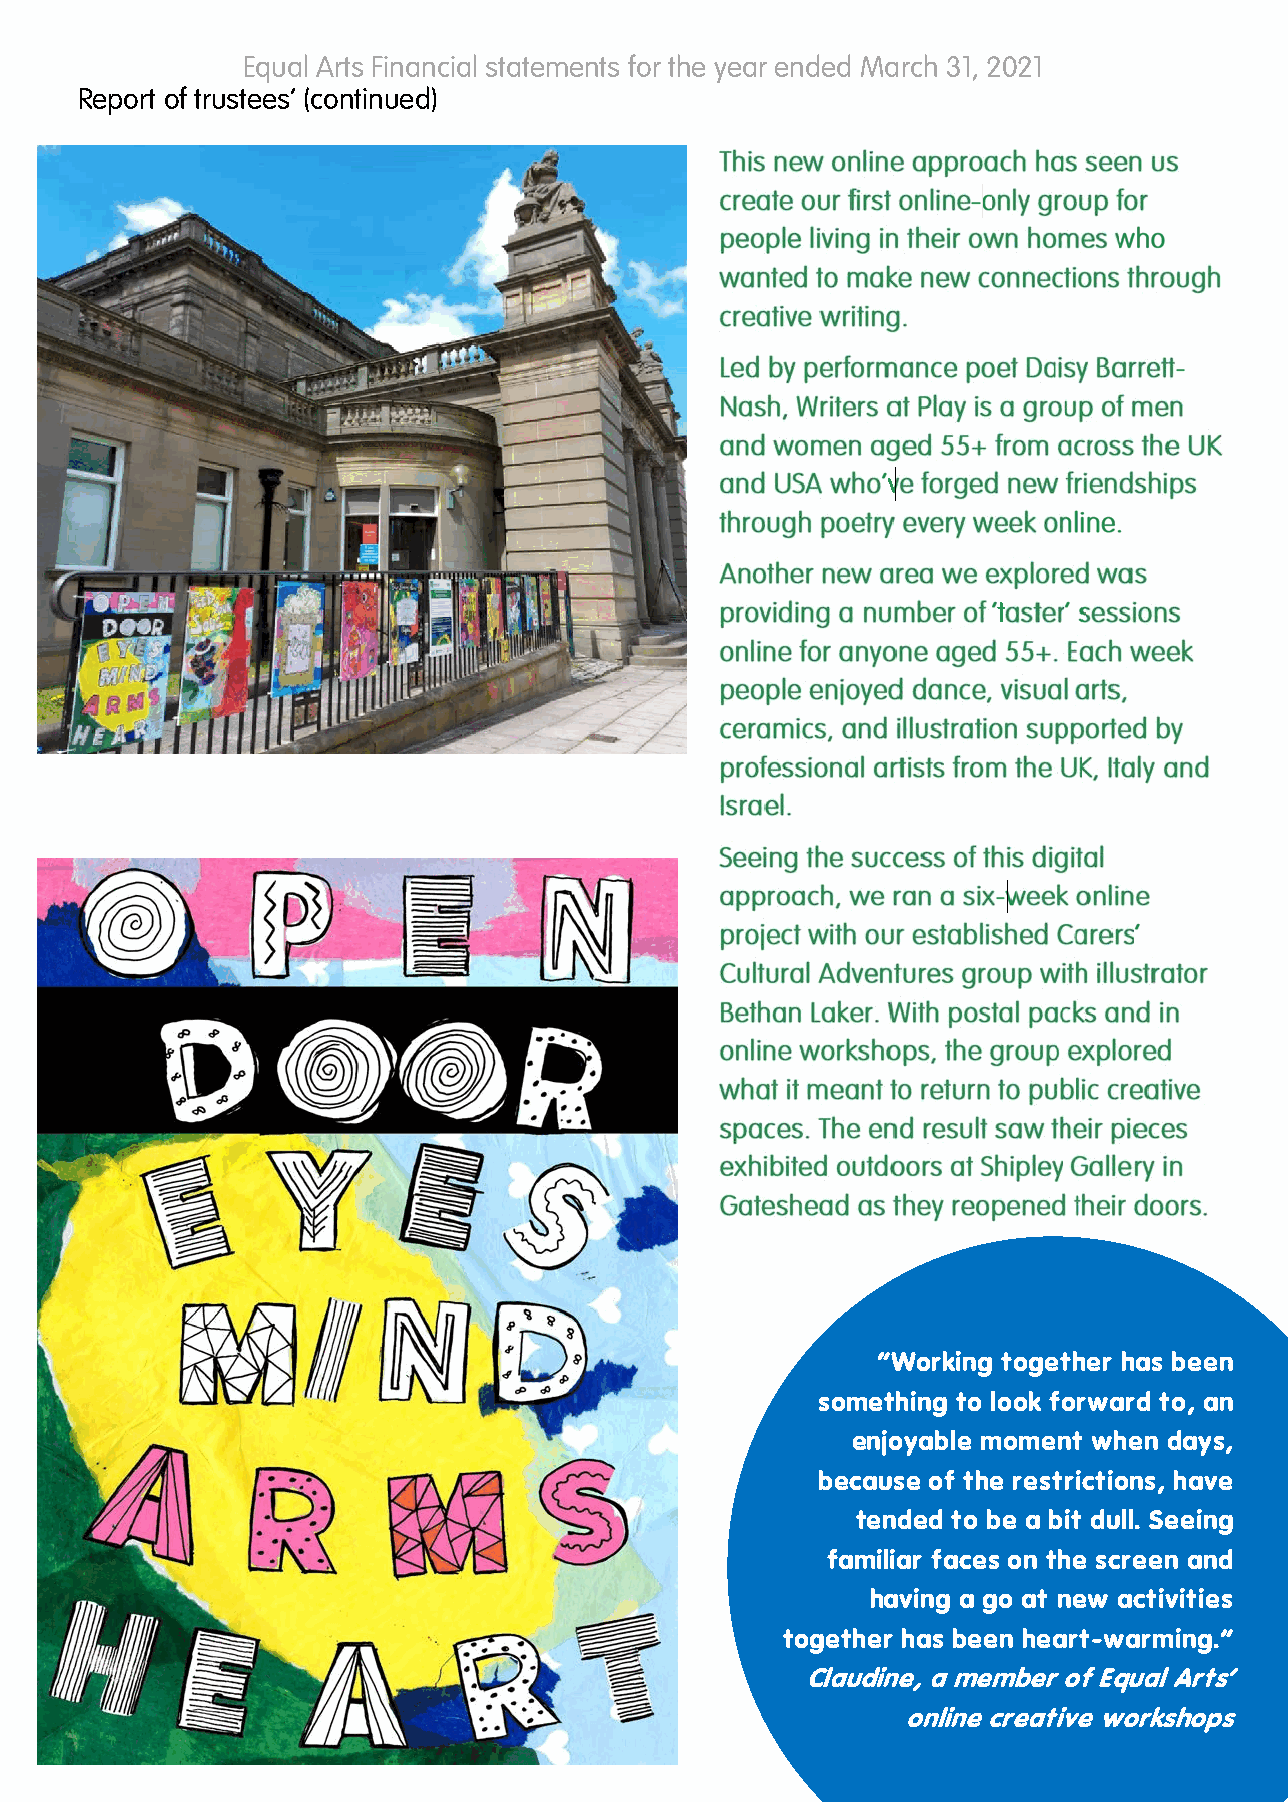
Equal Arts Financial statements for the year ended March 31, 2021
 Report of trustees’ (continued)
 “Working together has been
 something to look forward to, an
 enjoyable moment when days,
 because of the restrictions, have
 tended to be a bit dull. Seeing
 familiar faces on the screen and
 having a go at new activities
 together has been heart-warming.”
 Claudine, a member of Equal Arts’
 online creative workshops
 10